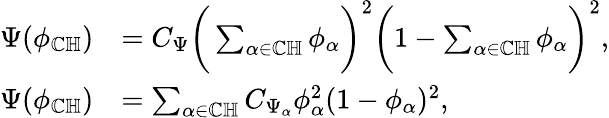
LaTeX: \begin{array}{rl}{\Psi(\phi_{\mathbb{C}\mathbb{H}})}&{=C_{\Psi}\bigg(\sum_{\alpha\in{\mathbb{C}\mathbb{H}}}\phi_{\alpha}\bigg)^{2}\bigg(1-\sum_{\alpha\in{\mathbb{C}\mathbb{H}}}\phi_{\alpha}\bigg)^{2},}\\ {\Psi(\phi_{\mathbb{C}\mathbb{H}})}&{=\sum_{\alpha\in{\mathbb{C}\mathbb{H}}}C_{\Psi_{\alpha}}\phi_{\alpha}^{2}(1-\phi_{\alpha})^{2},}\end{array}